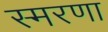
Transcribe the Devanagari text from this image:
स्मरणा